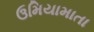
ઉમિયામાતા